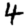
Digit: 4